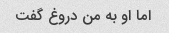
اما او به من دروغ گفت